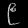
Digit: ၉